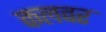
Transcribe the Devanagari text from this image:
कलवर